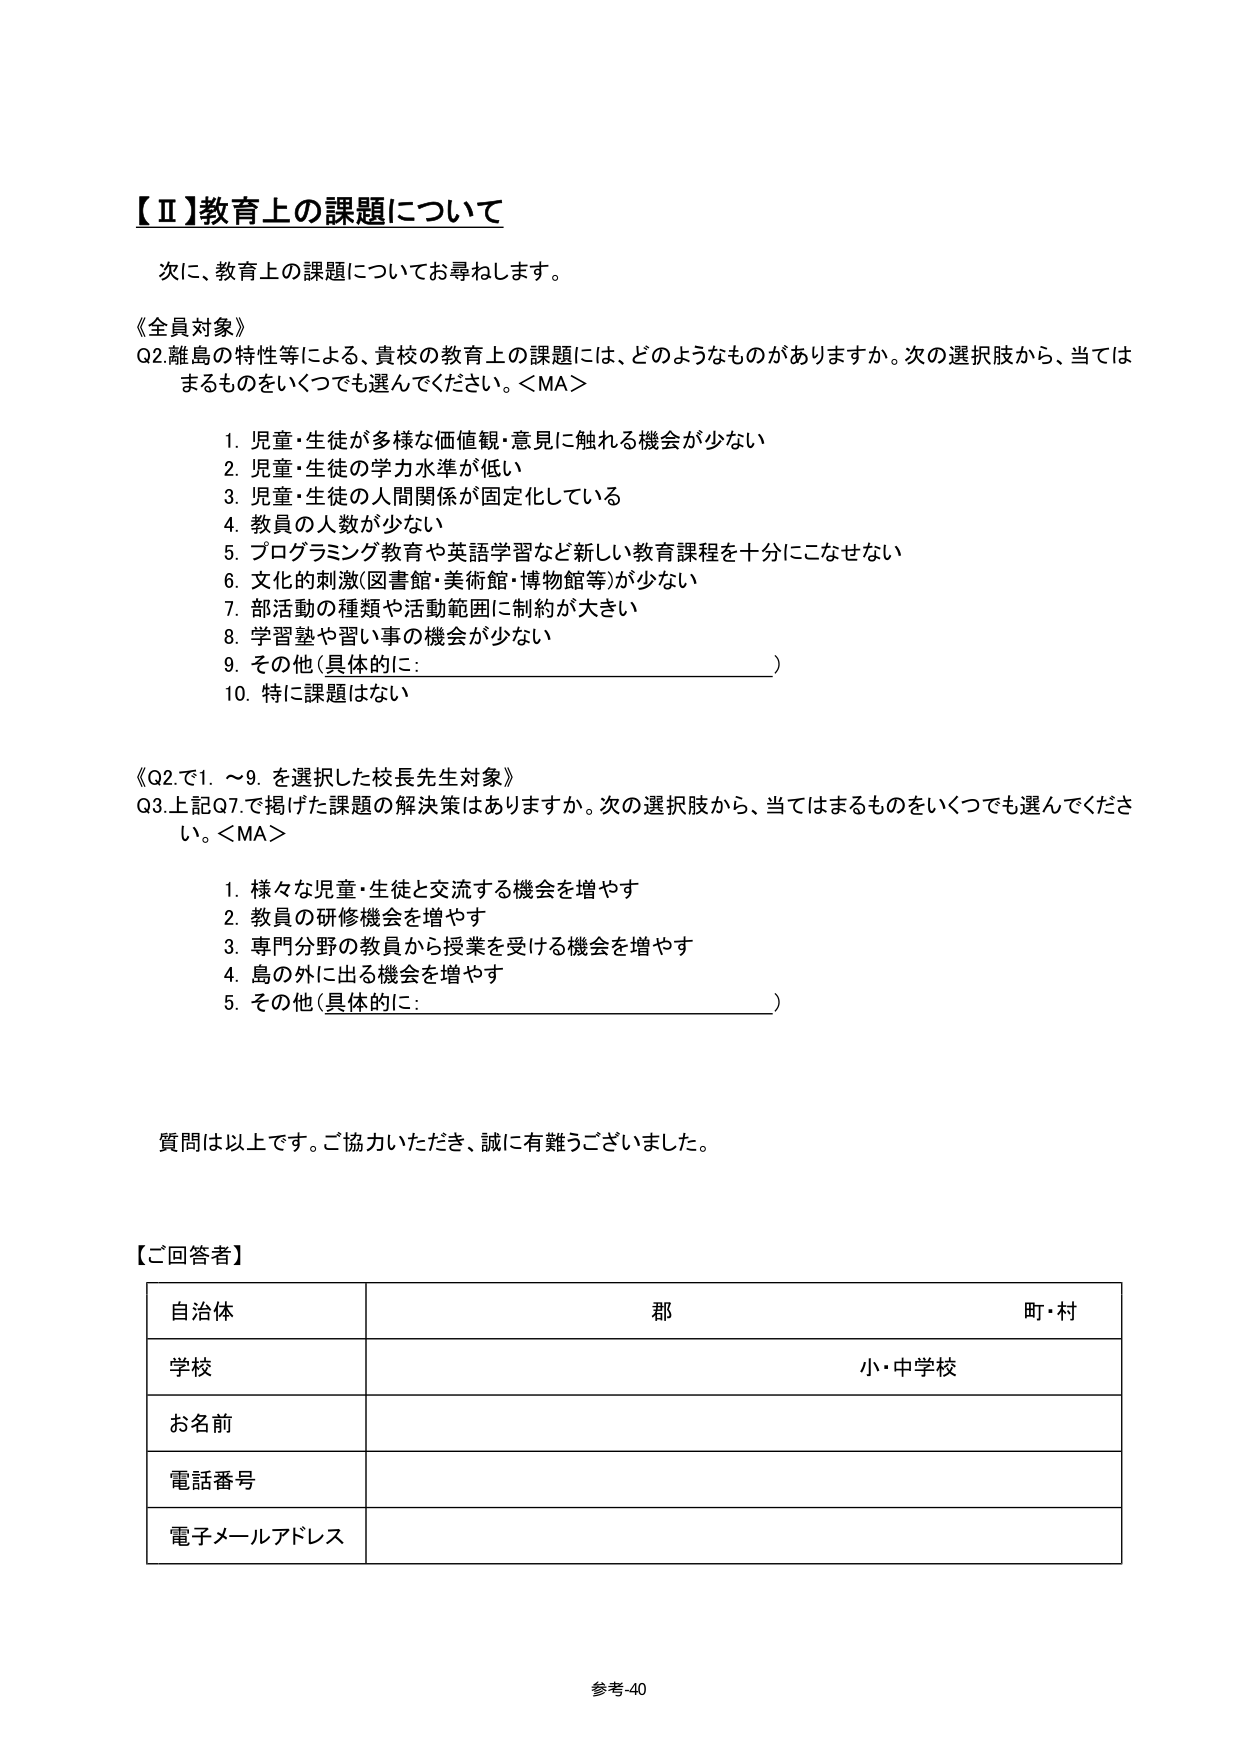
【Ⅱ】教育上の課題について

次に、教育上の課題についてお尋ねします。

《全員対象》
Q2. 離島の特性等による、貴校の教育上の課題には、どのようなものがありますか。次の選択肢から、当てはまるものをいくつでも選んでください。＜MA＞

1. 児童・生徒が多様な価値観・意見に触れる機会が少ない
2. 児童・生徒の学力水準が低い
3. 児童・生徒の人間関係が固定化している
4. 教員の人数が少ない
5. プログラミング教育や英語学習など新しい教育課程を十分にこなせない
6. 文化的刺激（図書館・美術館・博物館等）が少ない
7. 部活動の種類や活動範囲に制約が大きい
8. 学習塾や習い事の機会が少ない
9. その他（具体的に：　　　　　　　　　　　　　　　）
10. 特に課題はない

《Q2.で1.～9.を選択した校長先生対象》
Q3. 上記Q7.で掲げた課題の解決策はありますか。次の選択肢から、当てはまるものをいくつでも選んでください。＜MA＞

1. 様々な児童・生徒と交流する機会を増やす
2. 教員の研修機会を増やす
3. 専門分野の教員から授業を受ける機会を増やす
4. 島の外に出る機会を増やす
5. その他（具体的に：　　　　　　　　　　　　　　　）

質問は以上です。ご協力いただき、誠に有難うございました。

【ご回答者】

| 自治体 | 郡 | 町・村 |
|---------|-----|--------|
| 学校 | | 小・中学校 |
| お名前 | | |
| 電話番号 | | |
| 電子メールアドレス | | |

参考-40